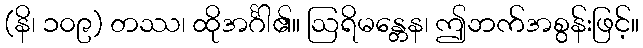
(နိ၊ ၁၀၉) တဿ၊ ထိုအင်္ဂါ၏။ ဩရိမန္တေန၊ ဤဘက်အစွန်းဖြင့်။